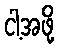
ငါ့အဖို့